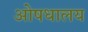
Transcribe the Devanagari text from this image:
ओषधालय